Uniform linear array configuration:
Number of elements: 8
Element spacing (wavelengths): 0.5
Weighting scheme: blackman
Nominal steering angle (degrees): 45
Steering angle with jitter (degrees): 44.305
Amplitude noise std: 0.05
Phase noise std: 0.05

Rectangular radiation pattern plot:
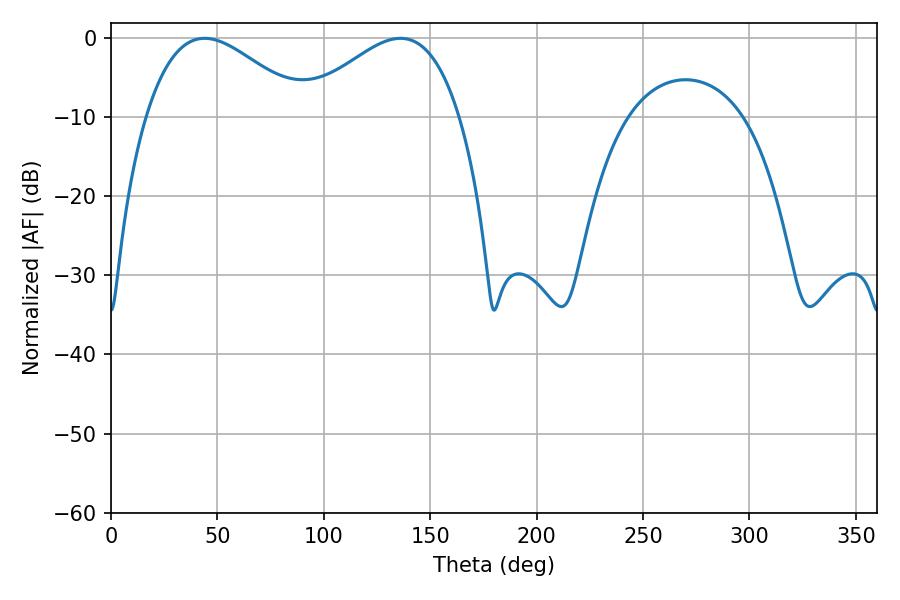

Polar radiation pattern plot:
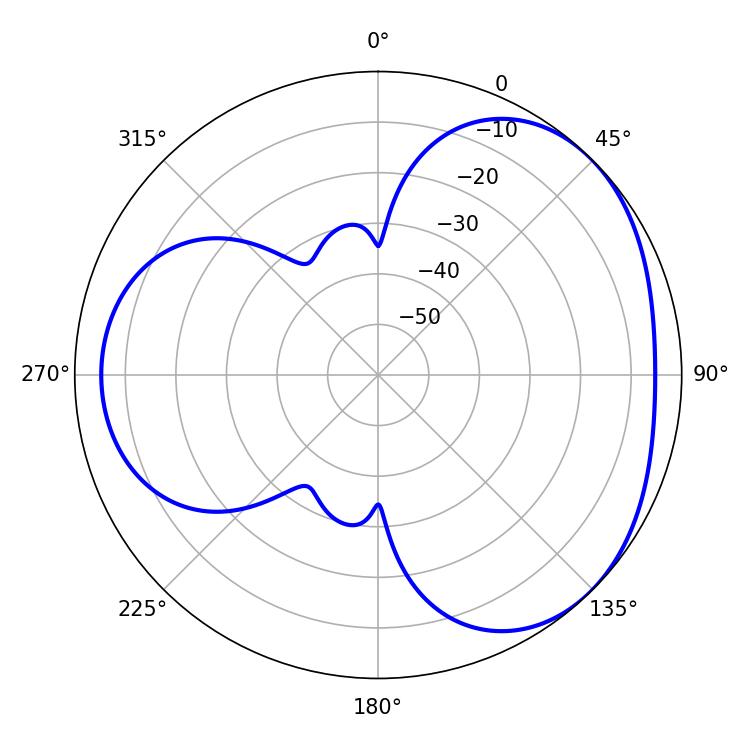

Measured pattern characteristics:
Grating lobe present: FALSE
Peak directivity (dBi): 3.449
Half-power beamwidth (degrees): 40.5
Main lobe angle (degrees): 43.92